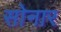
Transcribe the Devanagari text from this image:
साेनार